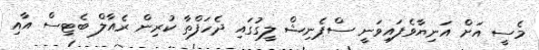
މެސީ އަށް އަނިޔާވެފައިވަނީ ސްޕެނިޝް ލީގުގައި ދެހަފްތާ ކުރިން ރެއާލް ބެޓިސް އާއި